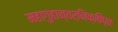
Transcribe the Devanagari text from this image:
महागुहान्तर्निक्षिप्तः